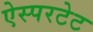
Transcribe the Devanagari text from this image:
ऐस्परटेट